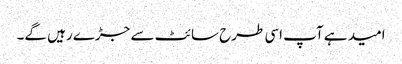
امید ہے آپ اسی طرح سائٹ سے جڑے رہیں گے۔